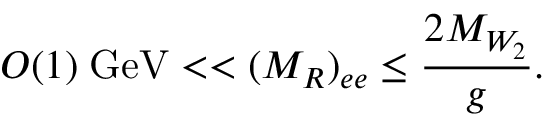
O ( 1 ) \; \mathrm { G e V } < < ( M _ { R } ) _ { e e } \leq \frac { 2 M _ { W _ { 2 } } } { g } .